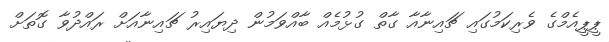
ޕީޕީއެމްގެ ވެރިކަމުގައި ޗައިނާއާ ގާތް ގުޅުމެއް ބާއްވަމުން ދިޔައިރު ޗައިނާއަށް ރައްދުވާ ގޮތަށް